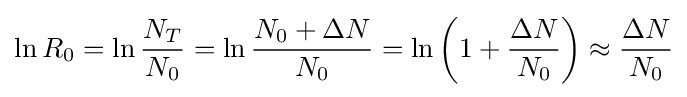
\ln R_{0}=\ln {\frac {N_{T}}{N_{0}}}=\ln {\frac {N_{0}+\Delta N}{N_{0}}}=\ln \left(1+{\frac {\Delta N}{N_{0}}}\right)\approx {\frac {\Delta N}{N_{0}}}